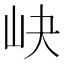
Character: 𱛑